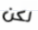
لكن